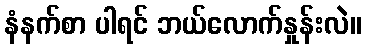
နံနက်စာ ပါရင် ဘယ်လောက်နှုန်းလဲ။